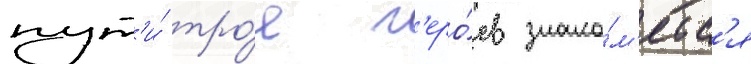
пут'и́ тро́е г'еро́ев знако́м'ятс'я